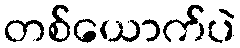
တစ်ယောက်ပဲ